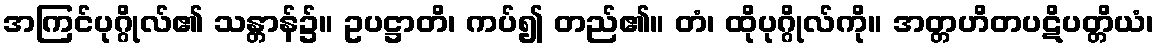
အကြင်ပုဂ္ဂိုလ်၏ သန္တာန်၌။ ဥပဋ္ဌာတိ၊ ကပ်၍ တည်၏။ တံ၊ ထိုပုဂ္ဂိုလ်ကို။ အတ္တဟိတပဋိပတ္တိယံ၊